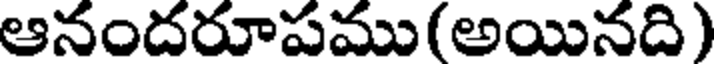
ఆనందరూపము(అయినది)